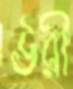
উরী